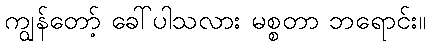
ကျွန်တော့် ခေါ်ပါသလား မစ္စတာ ဘရောင်း။